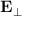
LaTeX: \mathbf { E } _ { \perp }